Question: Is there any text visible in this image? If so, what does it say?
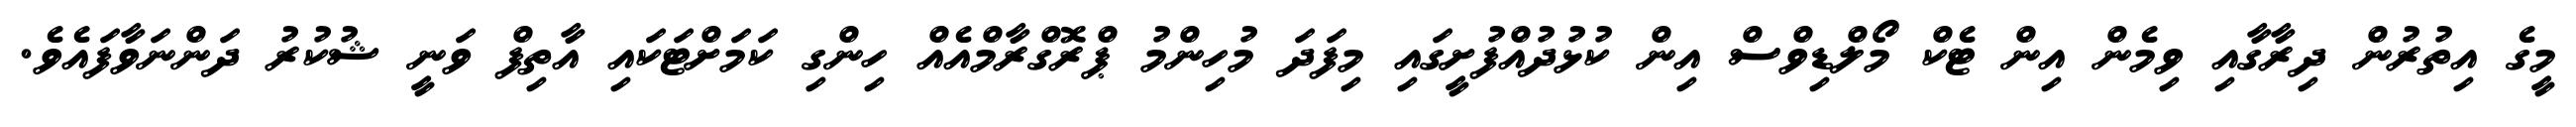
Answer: މީގެ އިތުރުން ދިރާގާއި ވިމެން އިން ޓެކް މޯލްޑިވްސް އިން ކުޅުދުއްފުށީގައި މިފަދަ މުހިންމު ޕްރޮގްރާމްއެއް ހިންގި ކަމަށްޓަކައި އާތިފް ވަނީ ޝުކުރު ދަންނަވާފައެވެ.